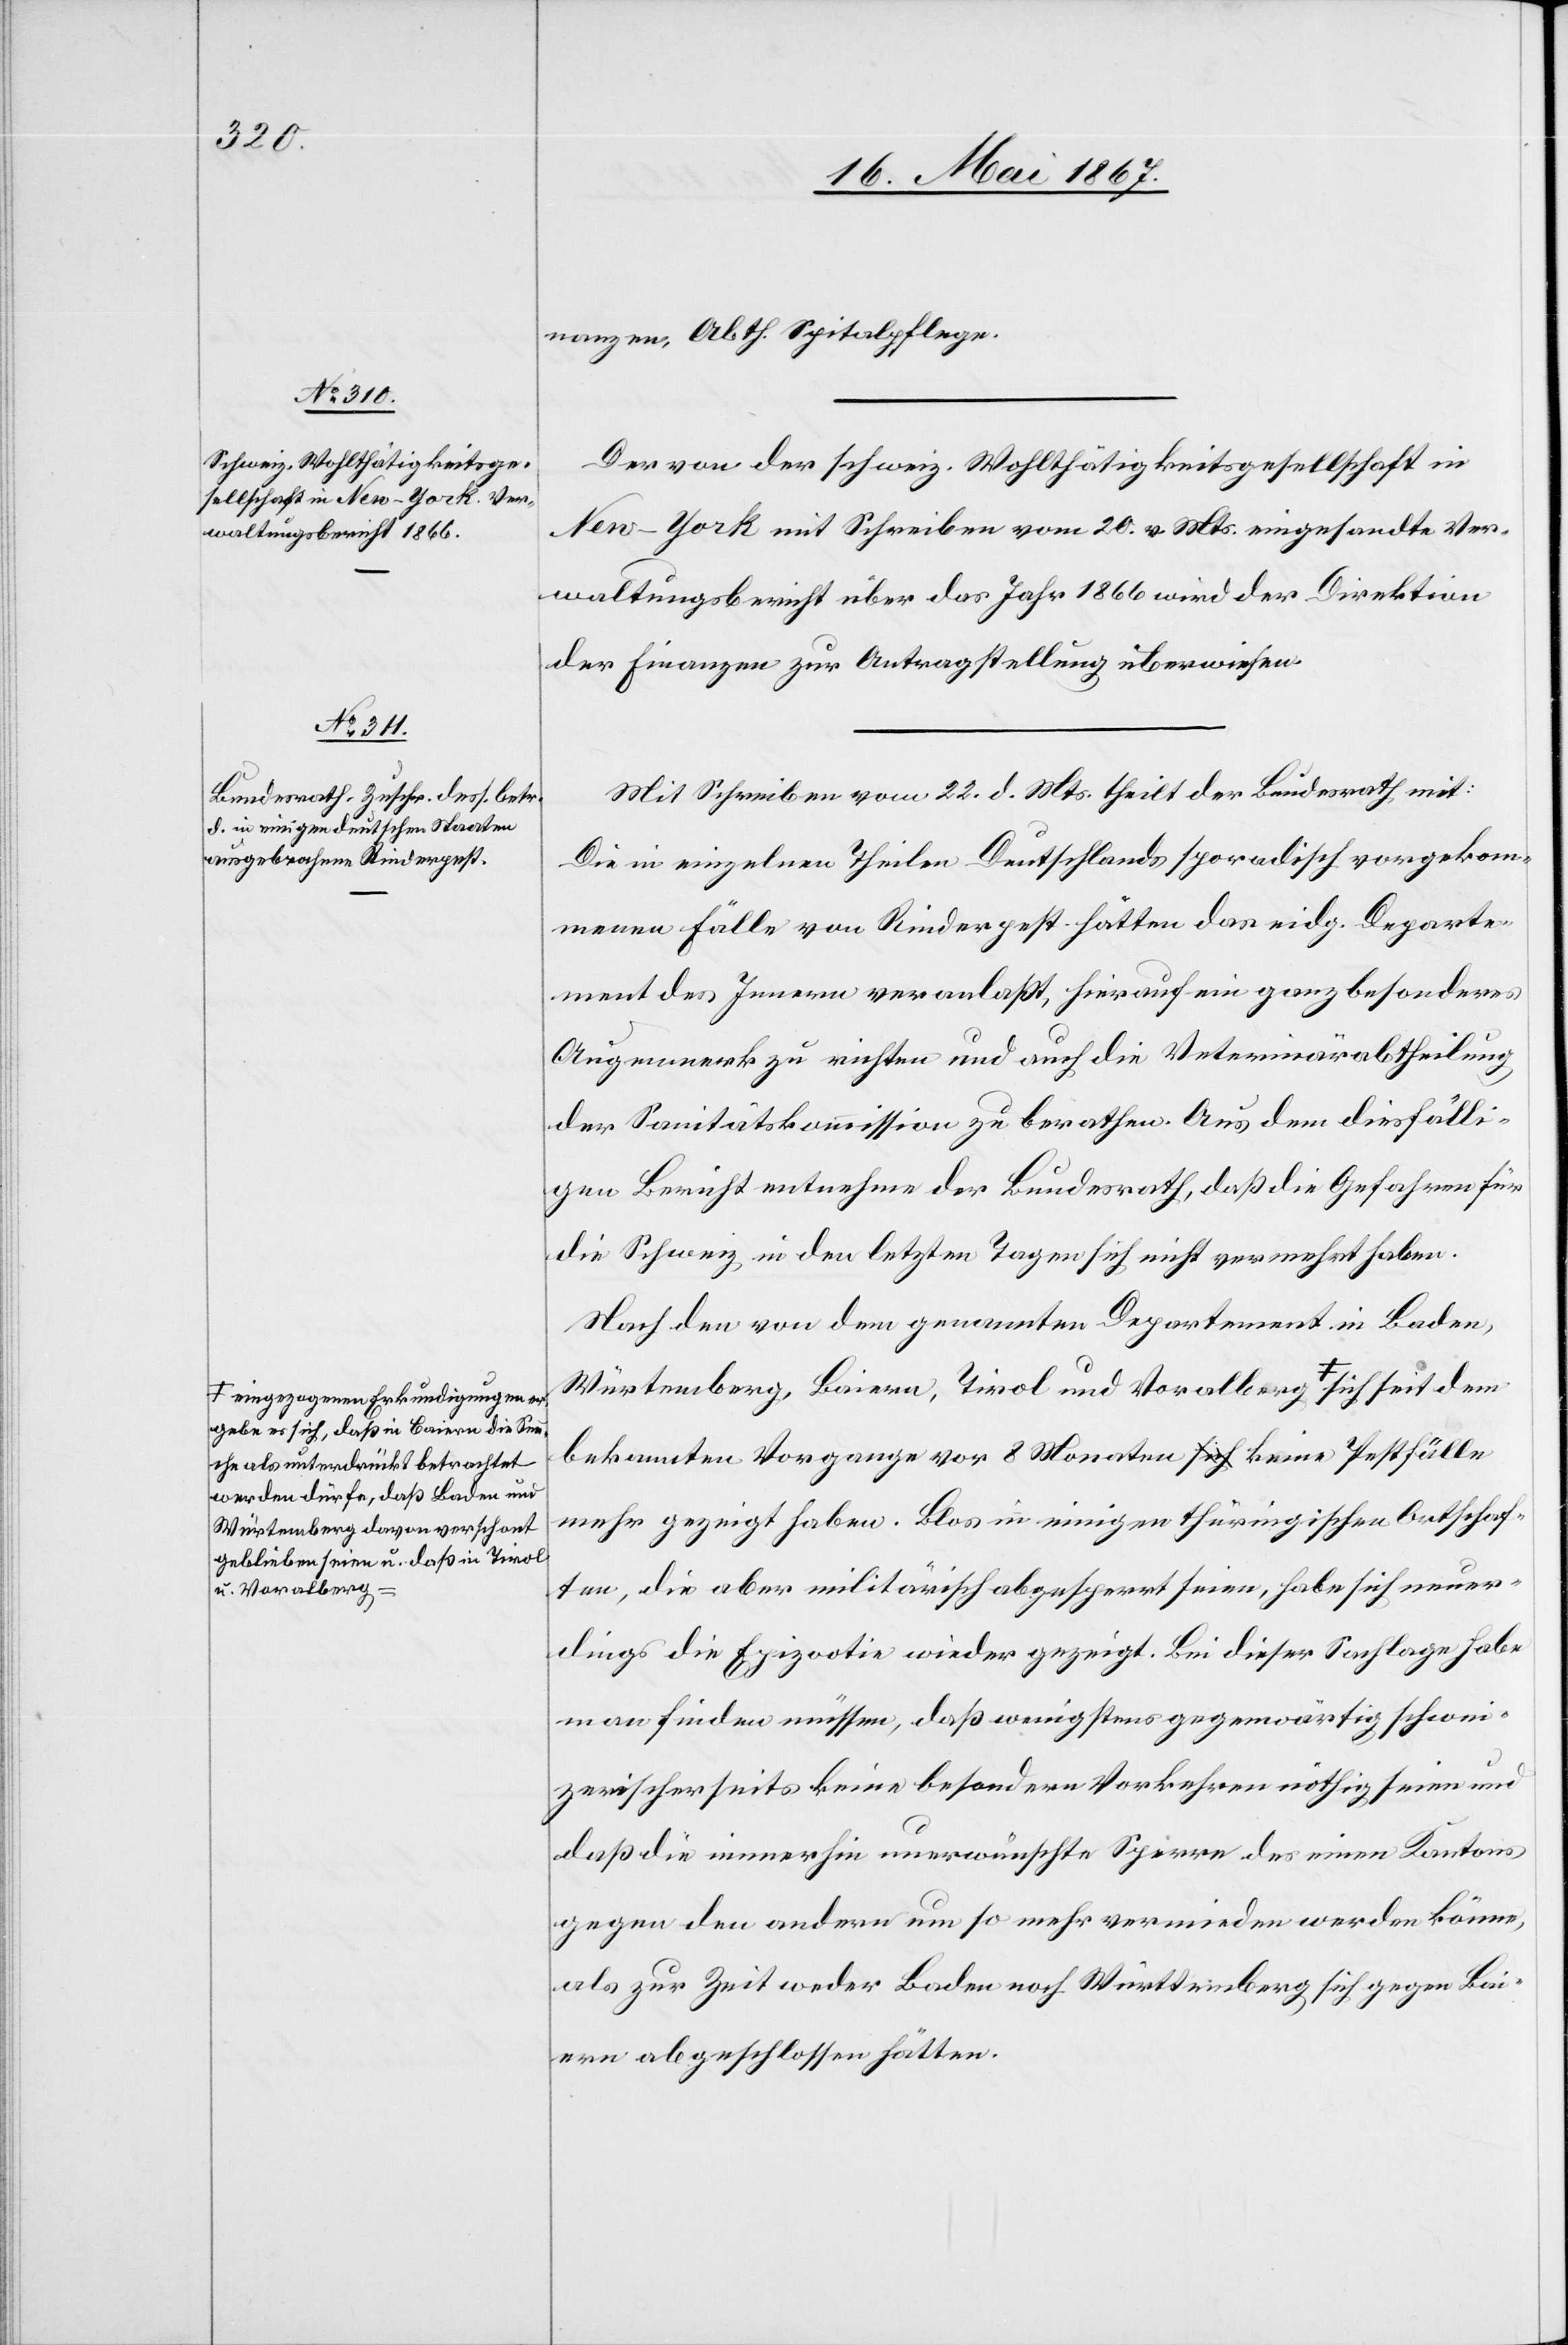
ergebe es sich, daß in Baiern die Sa¬
che als unterdrückt betrachtet
werden dürfe, daß Baden und
Würtemberg davon verschont
geblieben seien u. daß in Tirol
u. Voralberg-a

24. Mai 1867.]
nanzen, Abth. Spitalpflege.
Der von der schweiz. Wohlthätigkeitsgesellschaft in
New-York mit Schreiben vom 20. v. Mts. eingesandte Ver¬
waltungsbericht über das Jahr 1866 wird der Direktion
der Finanzen zur Antragstellung überwiesen.
Mit Schreiben vom 22. d. Mts. theilt der Bundesrath mit:
Die in einzelnen Theilen Deutschlands sporadisch vorgekom¬
menen Fälle von Rinderpest hätten das eidg. Departe¬
ment des Innern veranlaßt, hierauf ein ganz besonderes
Augenmerk zu richten und auch die Veterinärabtheilung
der Sanitätskommission zu berathen. Aus dem diesfälli¬
gen Bericht entnehme der Bundesrath, daß die Gefahren für
die Schweiz, in den letzten Tagen sich nicht vermehrt haben.
Nach den von dem genannten Departement in Baden,
Würtemberg, Baiern, Tirol und Voralberg a-eingezogenen
bekannten Vorgange vor 8 Monaten keine Pestfälle
mehr gezeigt haben. Blos in einigen thüringischen Ortschaf¬
ten, die aber militärisch abgesperrt seien, habe sich neuer¬
dings die Epizootie wieder gezeigt. Bei dieser Sachlage habe
man finden müssen, daß wenigstens gegenwärtig schwei¬
zerischerseits keine besonderen Vorkehren nöthig seien und
daß die immerhin unerwünschte Sperre des einen Kantons
gegen den anderen um so mehr vermieden werden könne,
als zur Zeit weder Baden noch Würtemberg sich gegen Bai¬
ern abgeschlossen hätten.